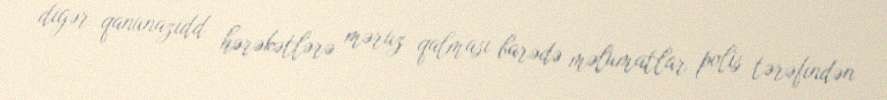
digər qanunazidd hərəkətlərə məruz qalması barədə məlumatlar polis tərəfindən